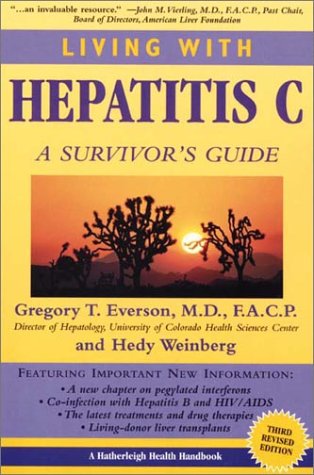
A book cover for Living With Hepatitis C: A Survivor's Guide third edition; Gregory T Everson MD  FACP; Health, Fitness & Dieting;